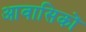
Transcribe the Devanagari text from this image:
आवासिकों